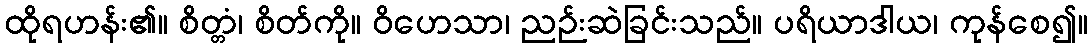
ထိုရဟန်း၏။ စိတ္တံ၊ စိတ်ကို။ ဝိဟေသာ၊ ညဉ်းဆဲခြင်းသည်။ ပရိယာဒါယ၊ ကုန်စေ၍။